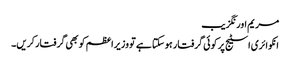
مریم اورنگزیب
انکوائری اسٹیج پر کوئی گرفتار ہوسکتا ہے تو وزیراعظم کو بھی گرفتارکریں۔